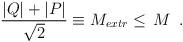
LaTeX: \begin{align*}{|Q|+|P|\over \sqrt 2} \equiv M_{extr} \leq \, M \, \ .\end{align*}